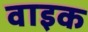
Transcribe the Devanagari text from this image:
वाइक